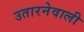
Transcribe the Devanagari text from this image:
उतारनेवाली